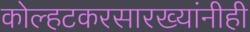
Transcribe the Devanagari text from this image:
कोल्हटकरसारख्यांनीही